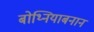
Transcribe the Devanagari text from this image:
बोथ्नियाबनान